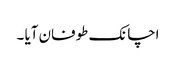
اچانک طوفان آیا ۔